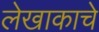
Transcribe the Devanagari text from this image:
लेखाकाचे